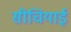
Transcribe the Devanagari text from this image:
सीचियाई